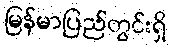
မြန်မာပြည်တွင်းရှိ